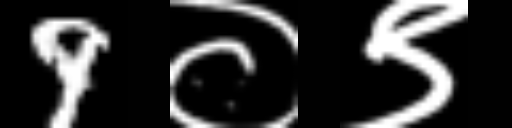
Text: 9०९